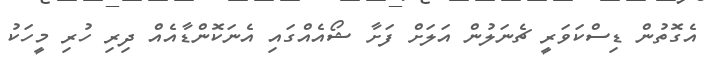
އެގޮތުން ޑިސްކަވަރީ ޗެނަލުން އަލަށް ފަށާ ޝޯއެއްގައި އެނަކޮންޑާއެއް ދިރި ހުރި މީހަކު